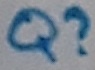
Text: Q?